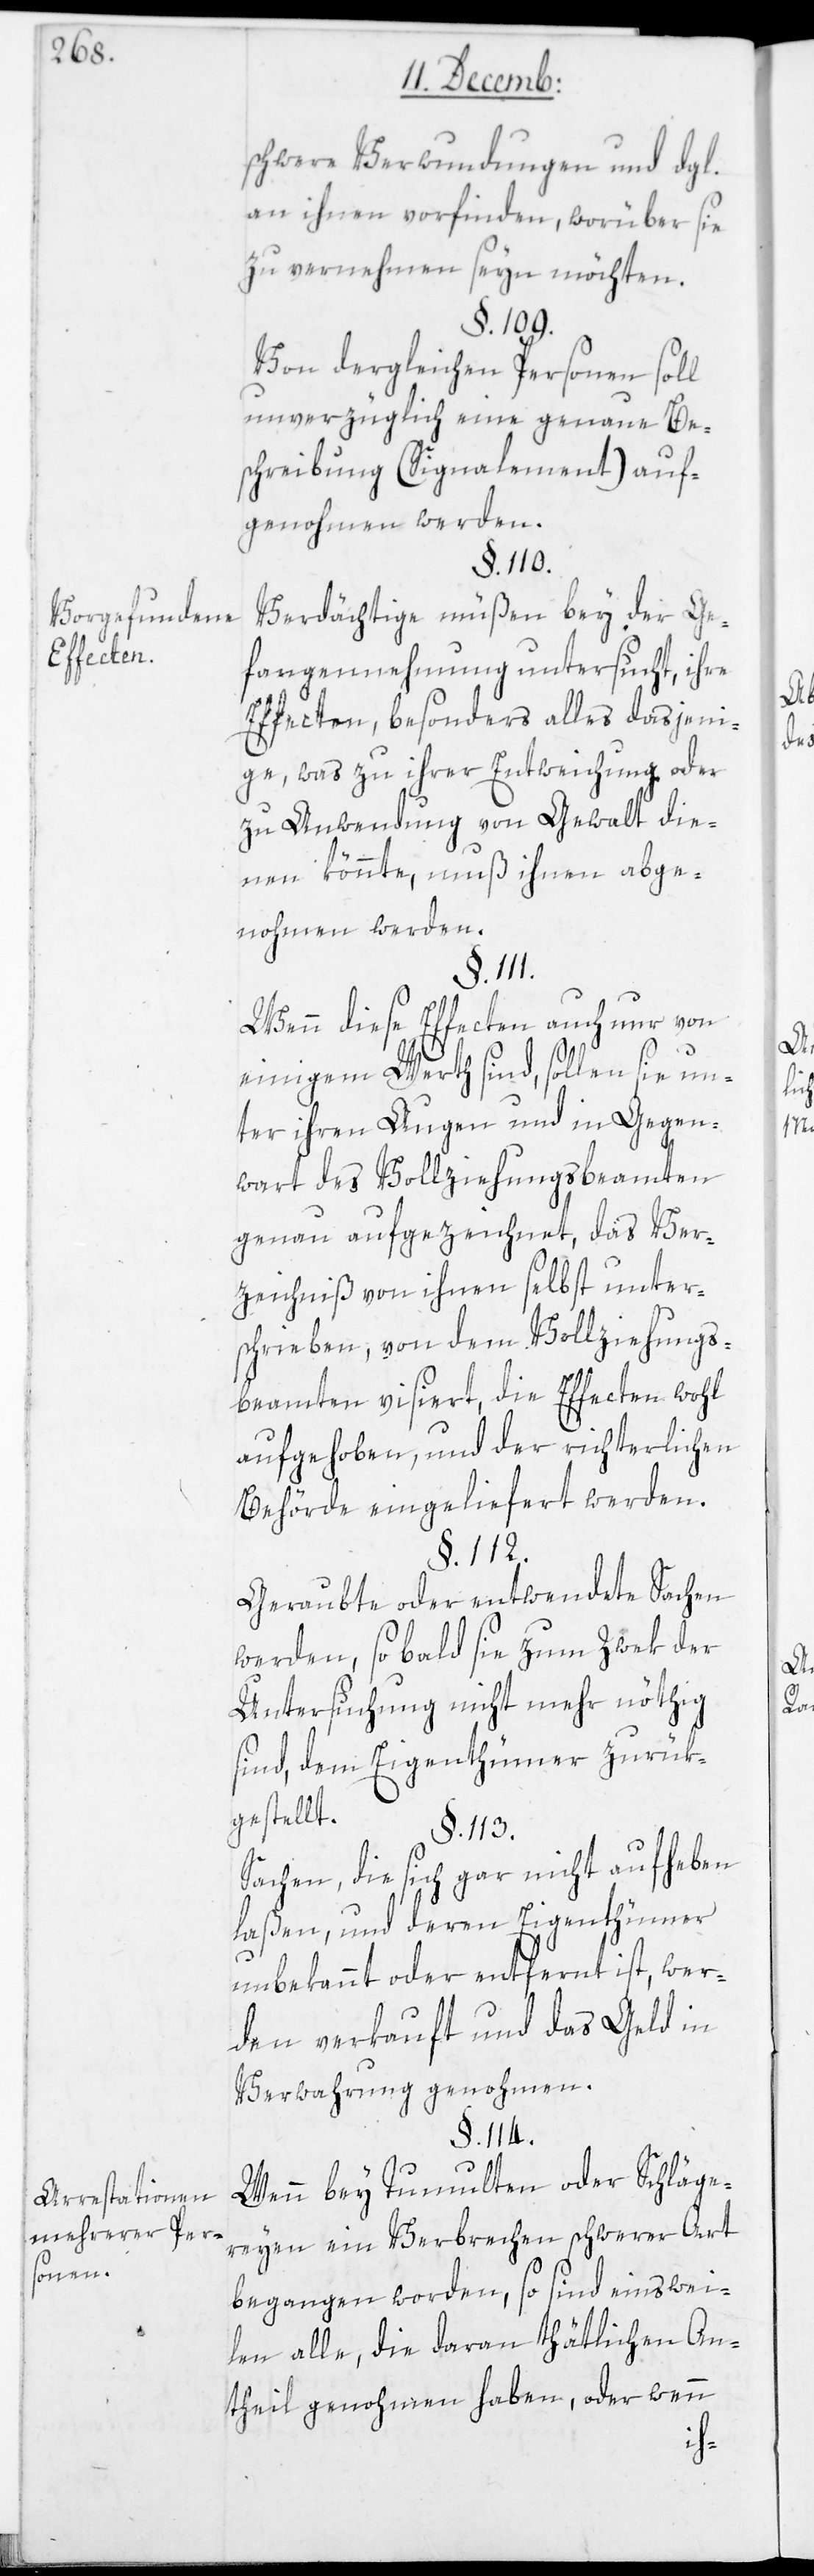
Vorgefundene
Effecten.
Arrestationen
mehrerer Per¬
sonen.

schwere Verwundungen und dgl.
an ihnen vorfinden, worüber sie
zu vernehmen seyn möchten.
§. 109.
Von dergleichen Personen soll
unverzüglich eine genaue Be¬
schreibung (Signalement) auf¬
genohmen werden.
§. 110.
Verdächtige müßen bey der Ge¬
fangennehmung untersucht, ihre
Effecten, besonders alles dasjeni¬
ge, was zu ihrer Entweichung oder
zu Anwendung von Gewalt die¬
nen könnte, muß ihnen abge¬
nohmen werden.
Wenn diese Effecten auch nur von
einigem Werth sind, sollen sie un¬
ter ihren Augen und in Gegen¬
wart des Vollziehungsbeamten
genau aufgezeichnet, das Ver¬
zeichniß von ihnen selbst unter¬
schrieben, von dem Vollziehungs¬
beamten visiert, die Effecten wohl
aufgehoben, und der richterlichen
Behörde eingeliefert werden.
§. 112.
Geraubte oder entwendete Sachen
werden, so bald sie zum Zwek der
Untersuchung nicht mehr nöthig
sind, dem Eigenthümer zurük¬
gestellt.
§. 113.
Sachen, die sich gar nicht aufheben
laßen, und deren Eigenthümer
unbekannt oder entfernt ist, wer¬
den verkauft und das Geld in
Verwahrung genohmen.
§. 114.
Wenn bey Tumulten oder Schläge¬
reyen ein Verbrechen schwerer Art
begangen worden, so sind einswei¬
len alle, die daran thätlichen An¬
theil genohmen haben, oder wenn
schon